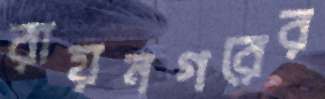
রায়নগরের